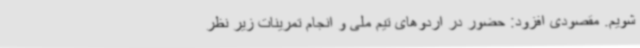
شویم. مقصودی افزود: حضور در اردوهای تیم ملی و انجام تمرینات زیر نظر